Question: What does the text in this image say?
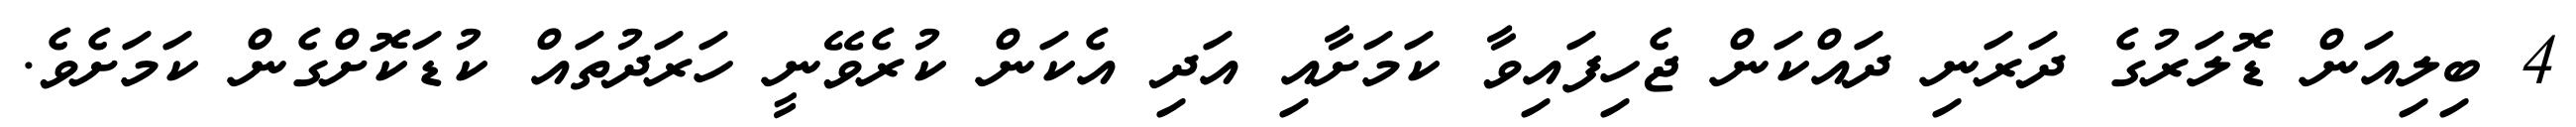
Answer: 4 ބިލިއަން ޑޮލަރުގެ ދަރަނި ދައްކަން ޖެހިފައިވާ ކަމަށާއި އަދި އެކަން ކުރެވޭނީ ހަރަދުތައް ކުޑަކޮށްގެން ކަމަށެވެ.